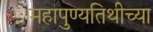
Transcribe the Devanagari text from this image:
महापुण्यतिथीच्या